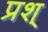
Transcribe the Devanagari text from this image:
प्रश्